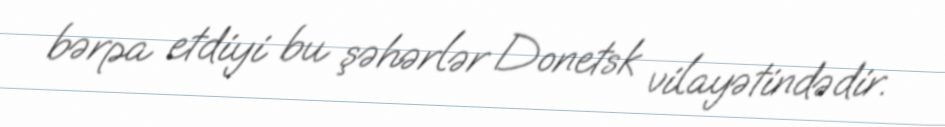
bərpa etdiyi bu şəhərlər Donetsk vilayətindədir.